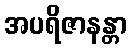
အပရိဇာနန္တာ